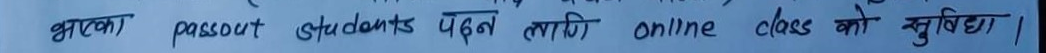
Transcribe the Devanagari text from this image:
भएका passport students पढ्न लागि online class को सुबिधा।